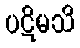
ပဋိမသိ